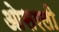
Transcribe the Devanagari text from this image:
ओसरली